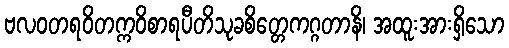
ဗလဝတရဝိတက္ကဝိစာရပီတိသုခစိတ္တေကဂ္ဂတာနိ၊ အထူးအားရှိသော